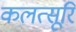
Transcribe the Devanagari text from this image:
कलत्सूरि